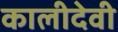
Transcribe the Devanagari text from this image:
कालीदेवी